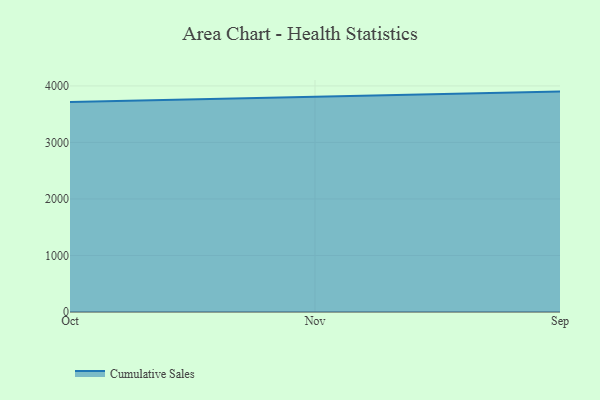
{"axis": {"x": "Month", "y": "Active Users"}, "legend": ["Cumulative Sales"], "data": [{"x": "Oct", "y": 3713.8, "type": "Cumulative Sales"}, {"x": "Nov", "y": 3802.8, "type": "Cumulative Sales"}, {"x": "Sep", "y": 3899.4, "type": "Cumulative Sales"}]}